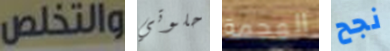
والتخلص حلوتي الهجمة نجح